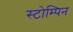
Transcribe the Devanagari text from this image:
स्टोम्पिन